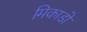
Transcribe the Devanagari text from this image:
मिकाडो